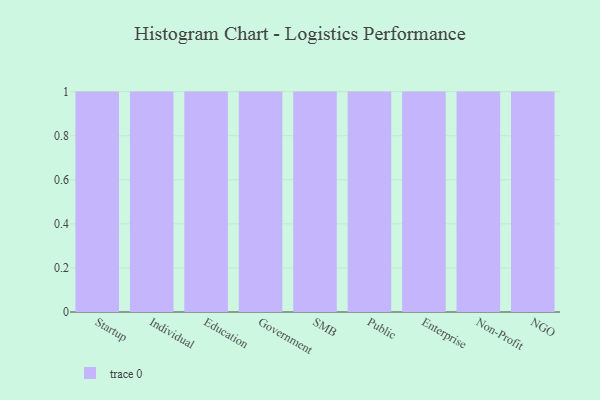
{"axis": {"x": "Segment", "y": "Energy Usage (MWh)"}, "legend": [""], "data": [{"x": "Startup", "y": 46, "type": ""}, {"x": "Individual", "y": 89, "type": ""}, {"x": "Education", "y": 51, "type": ""}, {"x": "Government", "y": 21, "type": ""}, {"x": "SMB", "y": 34, "type": ""}, {"x": "Public", "y": 30, "type": ""}, {"x": "Enterprise", "y": 52, "type": ""}, {"x": "Non-Profit", "y": 76, "type": ""}, {"x": "NGO", "y": 33, "type": ""}]}